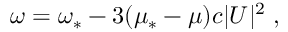
\omega = \omega _ { * } - 3 ( \mu _ { * } - \mu ) c | U | ^ { 2 } \; ,